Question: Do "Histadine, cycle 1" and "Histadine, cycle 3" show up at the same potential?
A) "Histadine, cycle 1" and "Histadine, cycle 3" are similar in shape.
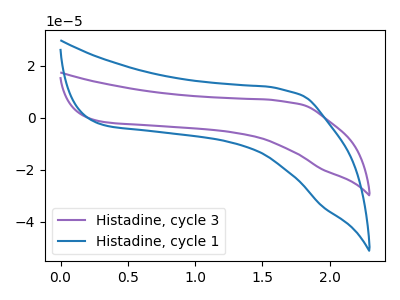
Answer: <think>The purple curve "Histadine, cycle 3" has no peaks. The blue curve "Histadine, cycle 1" has no peaks.
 Neither "Histadine, cycle 1" or "Histadine, cycle 3" have any peaks.</think>
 <answer>A) "Histadine, cycle 1" and "Histadine, cycle 3" are similar in shape.</answer>
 <eval>A</eval>